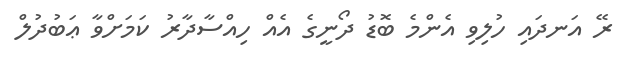
ރޭ އަނދައި ހުލިވި އެންމެ ބޮޑު ދޯނީގެ އެއް ހިއްސާދާރު ކަމަށްވާ ޢަބުދުލް